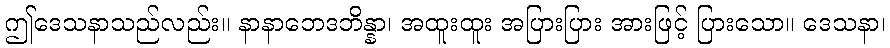
ဤဒေသနာသည်လည်း။ နာနာဘေဒဘိန္နာ၊ အထူးထူး အပြားပြား အားဖြင့် ပြားသော။ ဒေသနာ၊